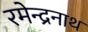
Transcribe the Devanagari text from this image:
रमेन्द्रनाथ